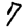
Digit: 7